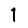
Digit: 1